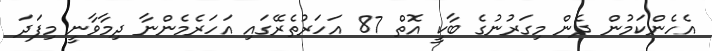
އެހެންކަމުން ދެން މިގަރުނުގެ ބާކީ އޮތް 87 އަހަރުތެރޭގައި އަހަރެމެންނާ ދިމާވާނީ މިފަދަ